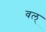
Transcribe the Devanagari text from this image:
वल्‌